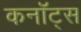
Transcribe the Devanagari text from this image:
कनॉट्स